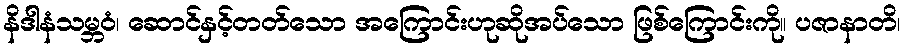
နိဒါနံသမ္ဘဝံ၊ ဆောင်နှင့်တတ်သော အကြောင်းဟုဆိုအပ်သော ဖြစ်ကြောင်းကို။ ပဇာနာတိ၊